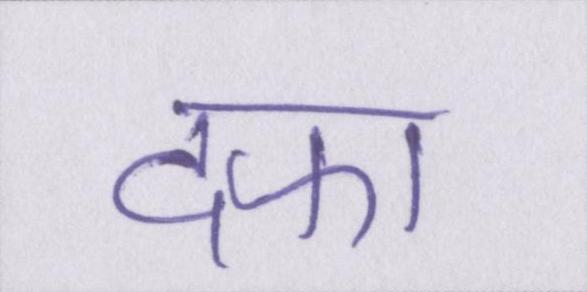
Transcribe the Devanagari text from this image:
दफा